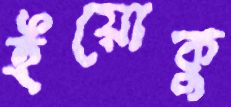
ইয়োকু